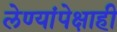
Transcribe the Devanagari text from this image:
लेण्यांपेक्षाही